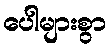
ပေါများစွာ